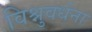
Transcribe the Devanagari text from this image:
विश्नुवर्धना